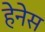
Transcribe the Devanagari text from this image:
हेनेस